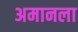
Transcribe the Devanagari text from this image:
अमानला